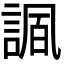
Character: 𧩠